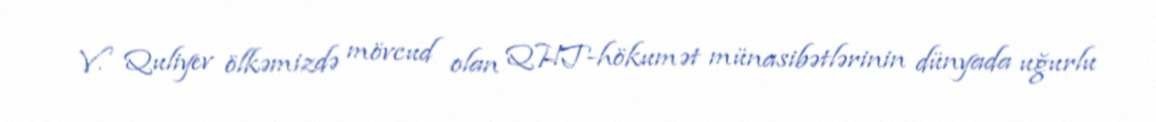
V. Quliyev ölkəmizdə mövcud olan QHT-hökumət münasibətlərinin dünyada uğurlu